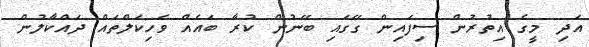
އަދި މީގެ އިތުރުން ސިފައިން ގޭގައި ބޭނުން ކުރާ ބައެއް ވެހިކަލްތައް ދައްކާލުން